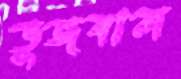
ভুজবাল